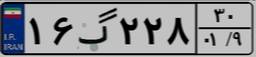
۱۶گ۲۲۸۳۰